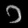
Digit: ၁